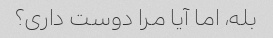
بله، اما آیا مرا دوست داری؟